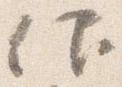
仰